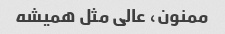
ممنون، عالی مثل همیشه